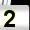
Digit: 2